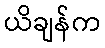
ယိချန်က